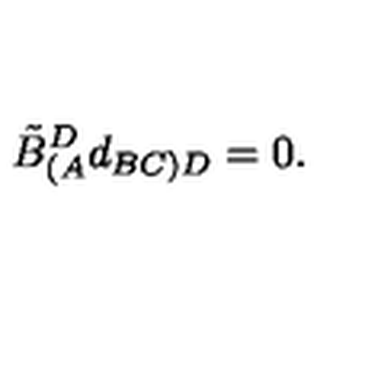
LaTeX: \tilde { B } _ { ( A } ^ { D } d _ { B C ) D } = 0 .